V__Kingissepa_nim__kolhoos, lk 67
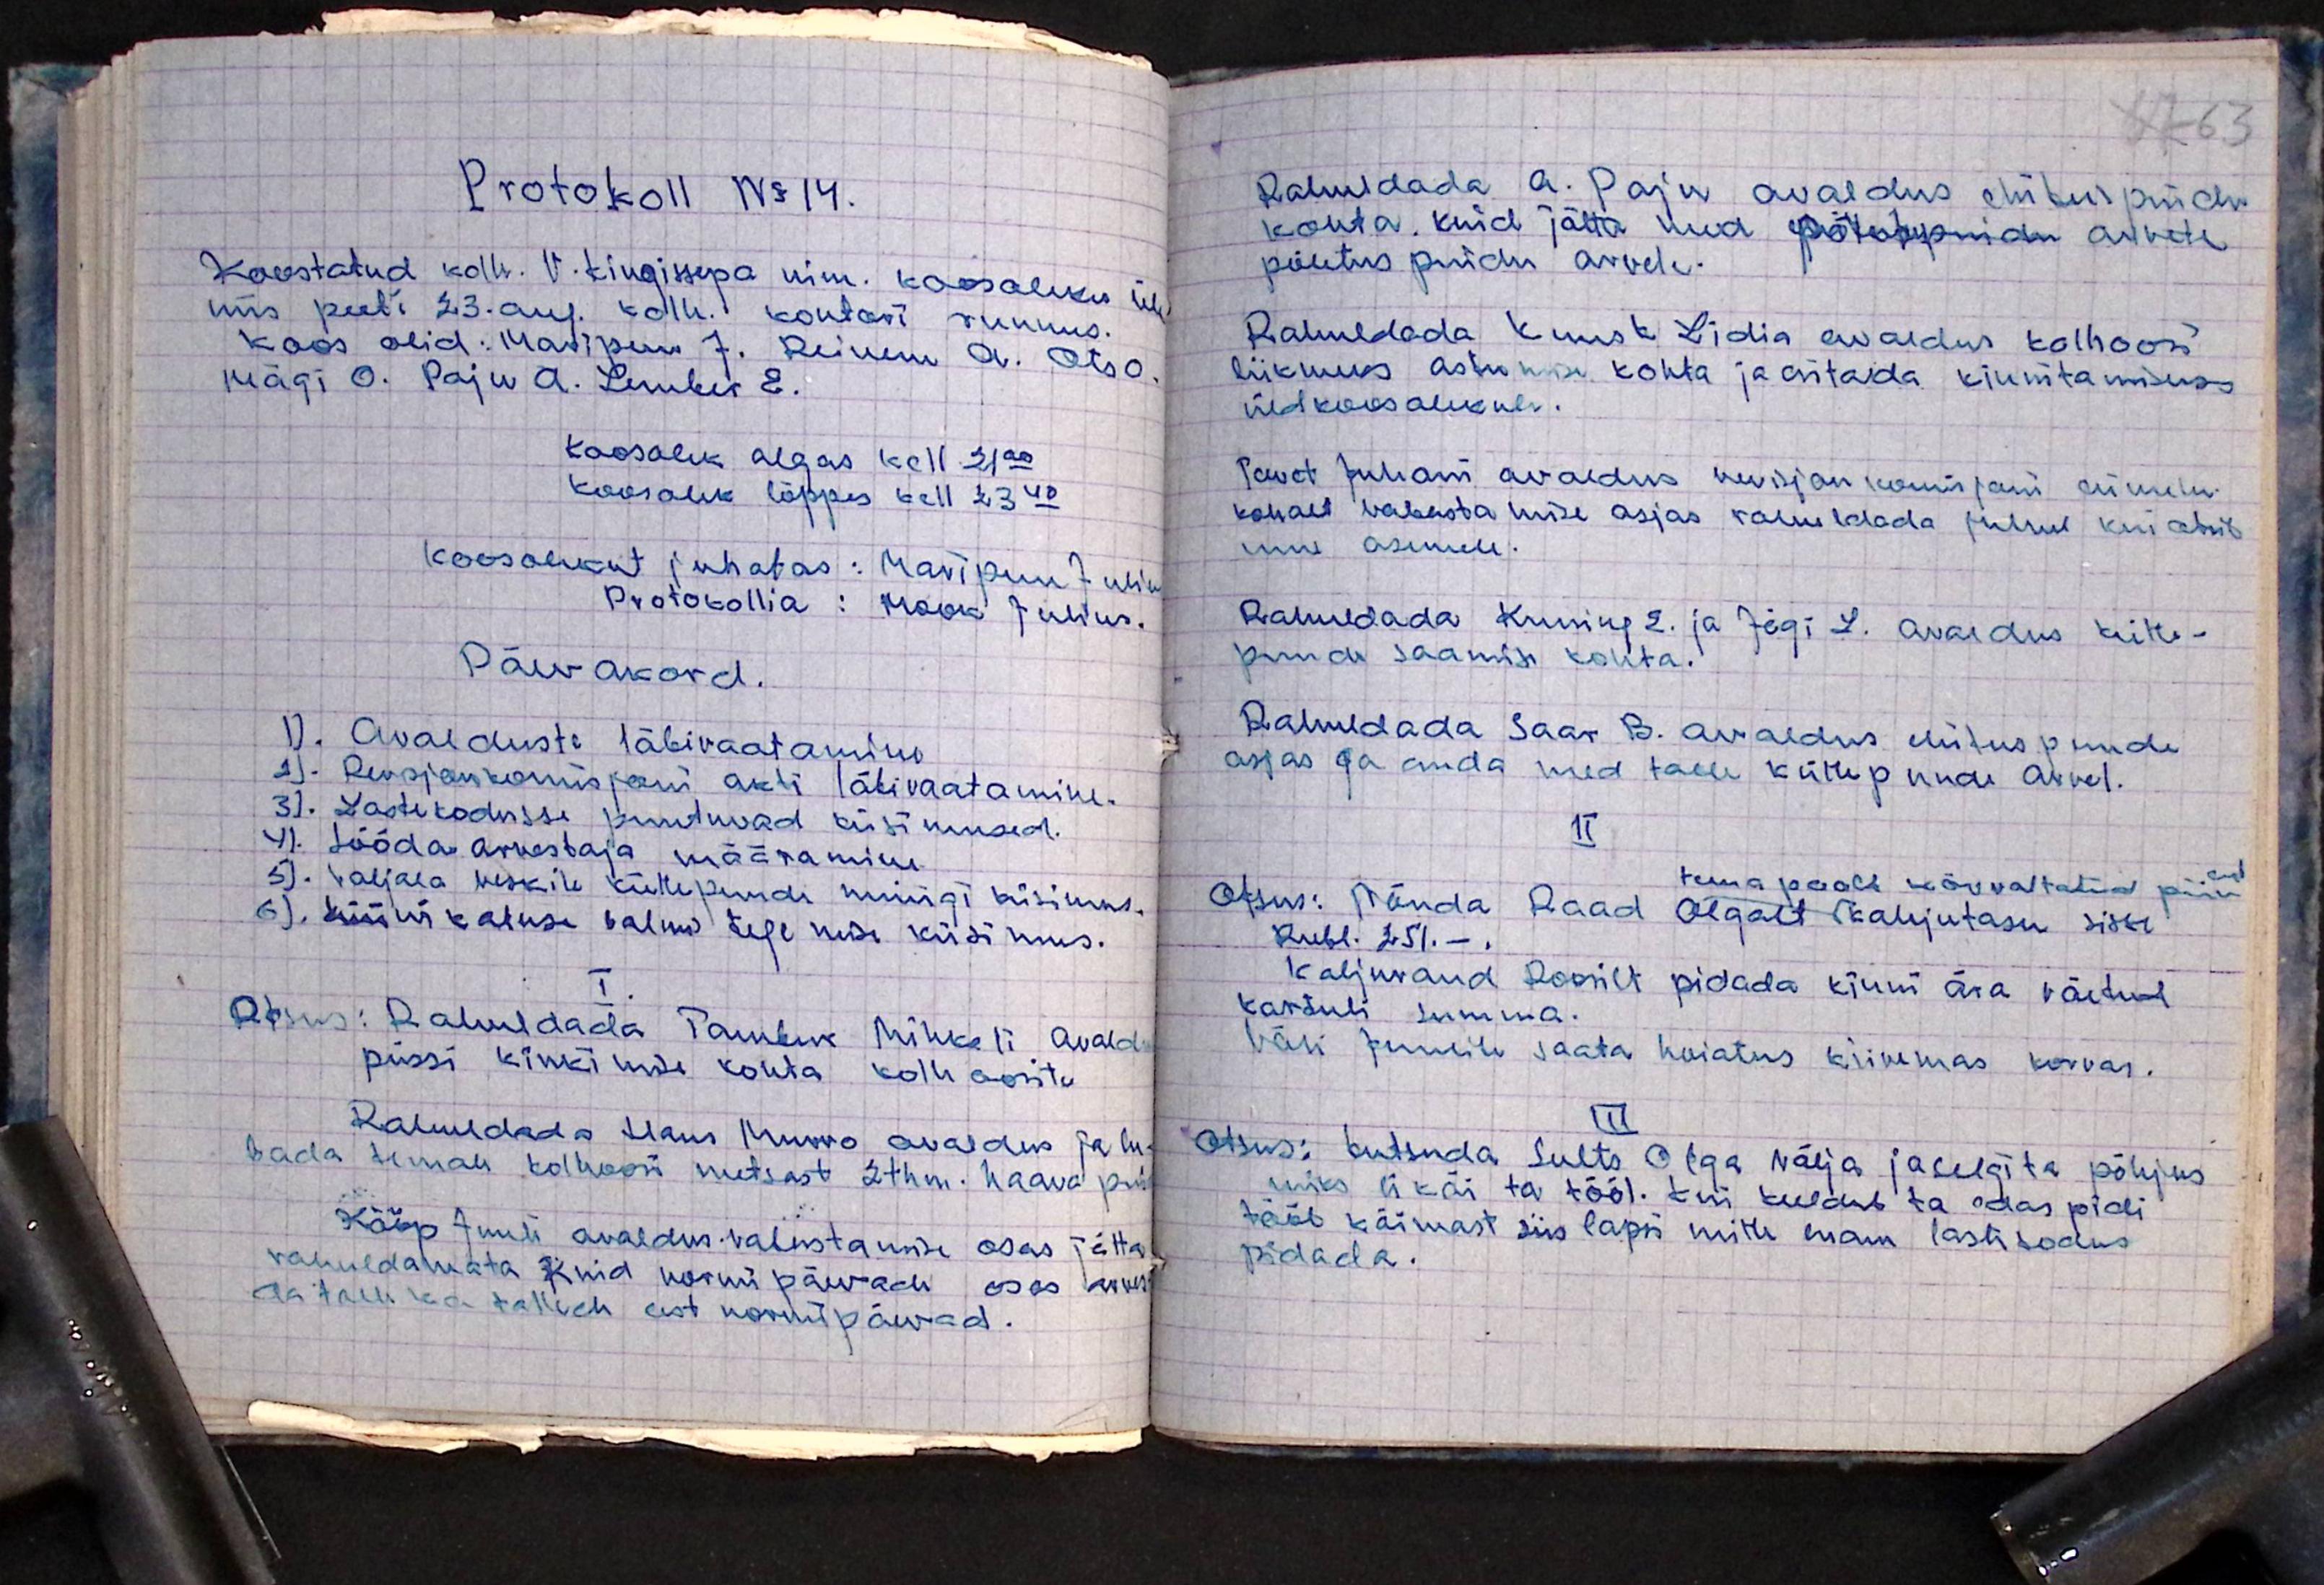
Protokoll No 14.
Koostatud kolh. V. Kingissepa nim. koosoleku üle
mis peeti 23. aug. kolh. kontori ruumes.
koos olid: Maripuu J. Reinem. A. Ots O.
Mägi O. Paju A. Lember E.
koosolek algas kell 21.30
koosolek lõppes kell 23.40
koosolekut juhatas: Maripuu Julius
Protokollia: Mook Julius.
Päevakord.
1. Avalduste läbivaatamine
1). Revisjon komisjoni akti läbivaatamine.
3). Lastekodusse puutuvad küsimused.
4). Sööda arvestaja määramine
5). Valjala veskile küttepuude müügi küsimus.
6). Küüni katuse valmis tegemise küsimus.
Otsus: Rahuldada Tamberg Mihkeli avaldus
püssi kinkimise kohta kolhoosite
Rahuldada Hans Murro avaldus ja lu-
bada temale kolhoosi metsast 2 thm. haava puid
Kääp Juuli awaldus valustamise osas jätta
rahuldamata kuid normipäevade oses arvesta-
da talle ka tallide eest normi päevad.

Rahuldada A. Paju avaldus ehituspuidu
kohta, kuid jätta need põhvepuidu arvete
põletus puidu avade.
Rahuldada Kuusk Lidia avaldus kolhoosi
liikmeks astumise kohta ja esitada kinnitamiseks
üldkoosolekule.
Tavet Juhani avaldus revisjon komisjoni ameti-
kohalt vabastamise asjas võimaldada juhul, kui otisb
uue asemele.
Rahuldada Kuning E. ja Jõgi L. avaldus Kütte-
puude saamise kohta.
Rahuldada saar. B. avaldus ehituspuude
asjas ja anda need talle küttepuude arvel.
II
tema poolt kõrvaltatud piimend
Otsus: Nõuda Raad Olgalt kahjutasu sisse
Rubl. 251.- .
Kaljurand Roosilt pidada kinni ära võetud
kartuli summa.
Väli Juulile saata hoiatus kiiremas korras.
III
otsus: kutsuda sults Olga välja ja selgita põhjus
miks ei käi ta tööl. Kui keeldub ta edas pidi
tööl käimast siis lapsi mitte enam lastekodus
pidada.